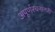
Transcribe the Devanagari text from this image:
अपूर्णरचनांतरी